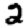
Digit: 2